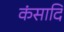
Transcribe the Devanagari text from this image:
कंसादि